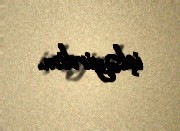
işləyirdim.